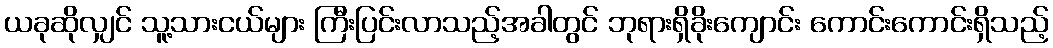
ယခုဆိုလျှင် သူ့သားငယ်များ ကြီးပြင်းလာသည့်အခါတွင် ဘုရားရှိခိုးကျောင်း ကောင်းကောင်းရှိသည့်